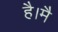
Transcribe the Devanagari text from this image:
है।मै